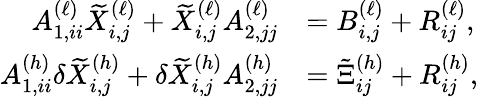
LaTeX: \begin{array}{rl}{A_{1,ii}^{(\ell)}\widetilde{X}_{i,j}^{(\ell)}+\widetilde{X}_{i,j}^{(\ell)}A_{2,jj}^{(\ell)}}&{=B_{i,j}^{(\ell)}+R_{ij}^{(\ell)},}\\ {A_{1,ii}^{(h)}\delta\widetilde{X}_{i,j}^{(h)}+\delta\widetilde{X}_{i,j}^{(h)}A_{2,jj}^{(h)}}&{=\tilde{\Xi}_{ij}^{(h)}+R_{ij}^{(h)},}\end{array}